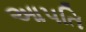
આપતિ